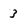
Character: 3